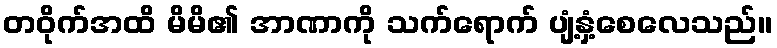
တဝိုက်အထိ မိမိ၏ အာဏာကို သက်ရောက် ပျံ့နှံ့စေလေသည်။